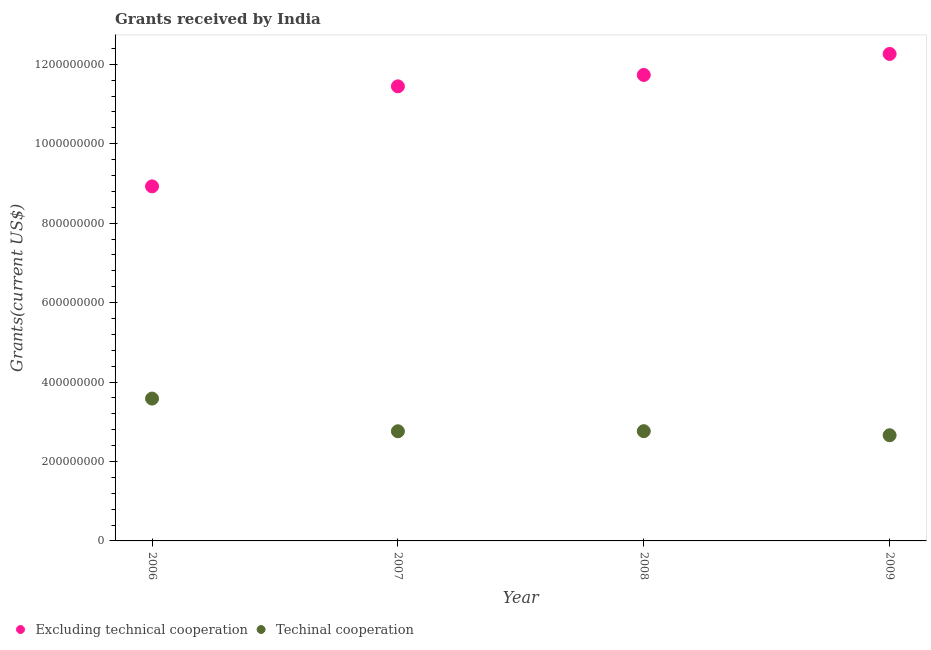
| Year | Excluding technical cooperation | Techinal cooperation |
 | --- | --- | --- |
 | 2006 | 8.92e+08 | 3.58e+08 |
 | 2007 | 1.14e+09 | 2.76e+08 |
 | 2008 | 1.17e+09 | 2.76e+08 |
 | 2009 | 1.23e+09 | 2.66e+08 |